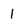
Character: 1